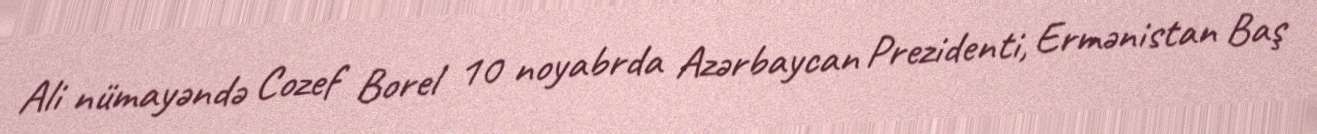
Ali nümayəndə Cozef Borel 10 noyabrda Azərbaycan Prezidenti, Ermənistan Baş